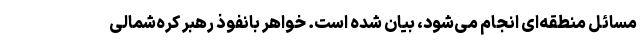
مسائل منطقه‌ای انجام می‌شود، بیان شده است. خواهر بانفوذ رهبر کره‌شمالی